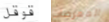
قوقل الممرضات